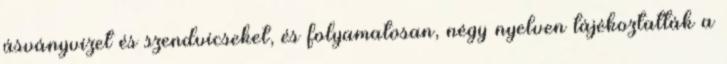
ásványvizet és szendvicseket, és folyamatosan, négy nyelven tájékoztatták a